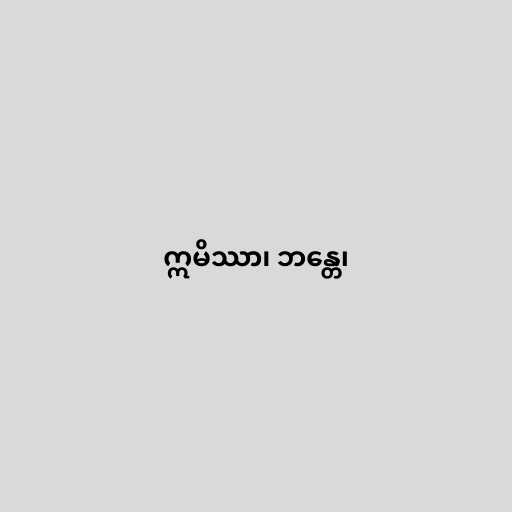
ဣမိဿာ၊ ဘန္တေ၊